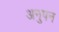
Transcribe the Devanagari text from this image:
अनुपन